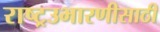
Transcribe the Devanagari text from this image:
राष्ट्रउभारणीसाठी